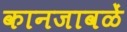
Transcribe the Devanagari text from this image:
कानजावळें